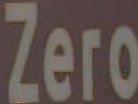
Zero